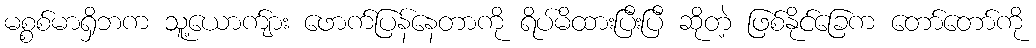
မစ္စစ်မာရှိဘက သူ့ယောက်ျား ဖောက်ပြန်နေတာကို ရိပ်မိထားပြီးပြီ ဆိုတဲ့ ဖြစ်နိုင်ခြေက တော်တော်ကို